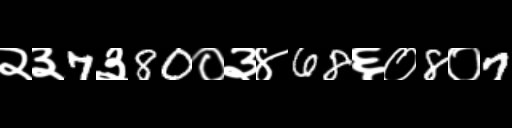
Text: २३7३80०३४68६०8०7